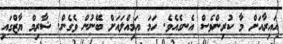
އައިރާއަށް މާ ކުރިންވެސް އެނގެއެވެ. ހަމަ އަމިއްލައަށް ބޭނުން ވެގެން. ޝާރިމް ޔާޒްގައި